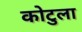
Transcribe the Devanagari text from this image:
कोटुला